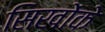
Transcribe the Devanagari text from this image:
सिखोंके